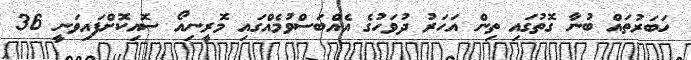
ހަބަރުތައް ބުނާ ގޮތުގައި ތިން އަހަރު ދުވަހުގެ އެއްބަސްވުމެއްގައި މޮރީނިއޯ ސޮއިކޮށްފައިވަނީ 36